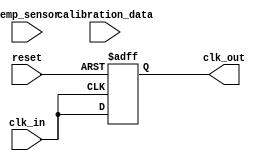
module TempCompClockBuffer (
    input wire clk_in,              // Input clock signal
    input wire temp_sensor,         // Temperature sensor input (digital)
    input wire [7:0] calibration_data, // Calibration data from memory
    input wire reset,               // Reset signal
    output reg clk_out              // Output clock signal
);

    // Parameters for temperature compensation
    parameter TEMP_THRESHOLD = 8'd25; // Example threshold temperature
    parameter DELAY_ADJUSTMENT = 4;    // Example delay adjustment value

    // Internal signals
    reg [7:0] current_temp;            // Current temperature reading
    reg [3:0] delay_value;              // Delay value for clock adjustment
    reg [3:0] adjusted_delay;           // Adjusted delay based on temperature

    // Memory block for storing calibration data (simple register for example)
    reg [7:0] memory_block [0:255];     // Example memory block (256 entries)

    // Clock buffer delay line (simple example)
    reg [3:0] delay_line [0:DELAY_ADJUSTMENT]; // Delay line for clock adjustment

    // Initialize memory block with calibration data
    initial begin
        // Load calibration data into memory (example initialization)
        memory_block[0] = 8'd20; // Example calibration value for 20C
        memory_block[1] = 8'd25; // Example calibration value for 25C
        // ... Initialize other values as needed
    end

    // Temperature sensor reading (for simulation purposes)
    always @(posedge clk_in or posedge reset) begin
        if (reset) begin
            current_temp <= 8'd0; // Reset temperature
        end else begin
            current_temp <= temp_sensor; // Read temperature from sensor
        end
    end

    // Control logic to adjust clock based on temperature
    always @(posedge clk_in or posedge reset) begin
        if (reset) begin
            adjusted_delay <= 4'd0; // Reset adjusted delay
        end else begin
            // Compare current temperature with calibration data
            if (current_temp < memory_block[0]) begin
                adjusted_delay <= DELAY_ADJUSTMENT; // Increase delay for lower temp
            end else if (current_temp > memory_block[1]) begin
                adjusted_delay <= 4'd0; // Decrease delay for higher temp
            end else begin
                adjusted_delay <= DELAY_ADJUSTMENT / 2; // Normal operation
            end
        end
    end

    // Clock buffer output generation with delay adjustment
    always @(posedge clk_in or posedge reset) begin
        if (reset) begin
            clk_out <= 1'b0; // Reset output clock
        end else begin
            // Simple clock buffering with delay adjustment
            clk_out <= clk_in; // Directly assign for simplicity
            // Implement delay logic here based on adjusted_delay
            // This is a placeholder for actual delay logic
        end
    end

endmodule